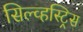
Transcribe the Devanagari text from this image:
सिल्व्हस्ट्रिस